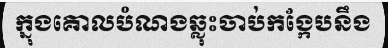
ក្នុងគោលបំណងឆ្លុះចាប់កង្កែបនឹង